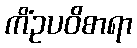
ကိံဥပဝိစာရာ